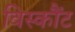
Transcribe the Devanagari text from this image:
विस्कौंट